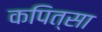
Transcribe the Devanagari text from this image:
कपित्सा